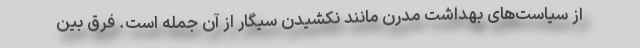
از سیاست‌های بهداشت مدرن مانند نکشیدن سیگار از آن جمله است. فرق بین